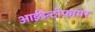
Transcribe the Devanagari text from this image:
आईडेन्टीफायर